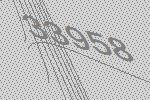
33958